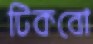
টিকবো